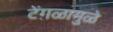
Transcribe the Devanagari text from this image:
टेंग़ळामुळे